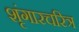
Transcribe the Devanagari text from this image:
शृंगारचरित्र